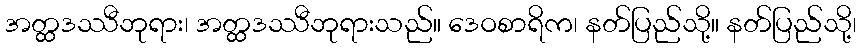
အတ္ထဒဿီဘုရား၊ အတ္ထဒဿီဘုရားသည်။ ဒေဝစာရိက၊ နတ်ပြည်သို့။ နတ်ပြည်သို့၊